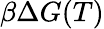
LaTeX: \beta\Delta G(T)